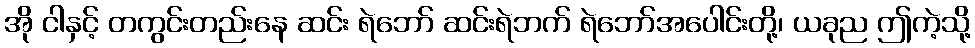
အို ငါနှင့် တကွင်းတည်းနေ ဆင်း ရဲဘော် ဆင်းရဲဘက် ရဲဘော်အပေါင်းတို့၊ ယခုည ဤကဲ့သို့